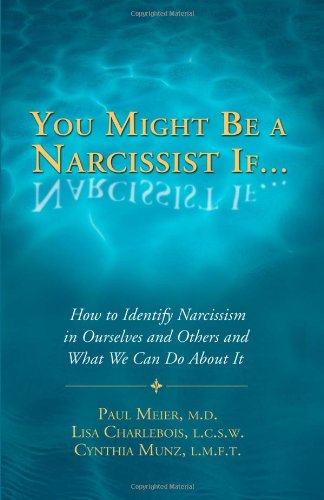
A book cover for You Might Be a Narcissist If... - How to Identify Narcissism in Ourselves and Others and What We Can Do About It; Paul Meier; Parenting & Relationships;